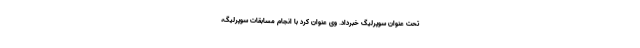
تحت عنوان سوپرلیگ خبرداد. وی عنوان کرد با انجام مسابقات سوپرلیگ،